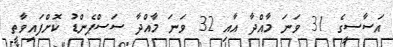
އަސާސީގެ 31 ވަނަ މާއްދާ އާއި 32 ވަނަ މާއްދާ ސަސްޕެންޑު ކޮށްފައިވާތީ